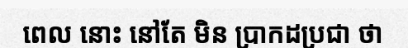
ពេល នោះ នៅតែ មិន ប្រាកដប្រជា ថា